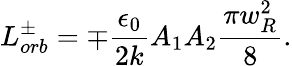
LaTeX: L_{orb}^{\pm}=\mp\frac{\epsilon_{0}}{2k}A_{1}A_{2}\frac{\pi w_{R}^{2}}{8}.